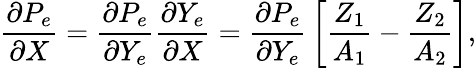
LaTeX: {\frac{\partial P_{e}}{\partial X}}={\frac{\partial P_{e}}{\partial Y_{e}}}{\frac{\partial Y_{e}}{\partial X}}={\frac{\partial P_{e}}{\partial Y_{e}}}\left[{\frac{Z_{1}}{A_{1}}}-{\frac{Z_{2}}{A_{2}}}\right],